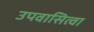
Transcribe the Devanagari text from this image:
उपवासित्वा